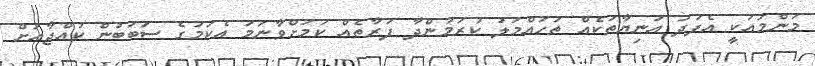
މަންމައަކީ އެފަދަ އަނިޔާތަކެއް ތަހައްމަލު ކުރަމުންދާ ފަރާތެއް ކަމަށްވާނަމަ އެކަމުގެ ސަބަބުން ކުއްޖާއަށް